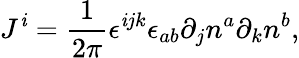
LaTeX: J^{\mathit{i}}=\frac{1}{{2\pi}}{\mathbf{\epsilon}}^{\mathit{i}jk}\epsilon_{ab}\partial_{j}n^{a}\partial_{k}n^{b},